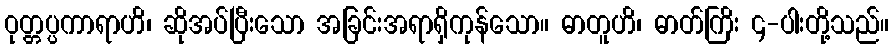
ဝုတ္တပ္ပကာရာဟိ၊ ဆိုအပ်ပြီးသော အခြင်းအရာရှိကုန်သော။ ဓာတူဟိ၊ ဓာတ်ကြိး ၄-ပါးတို့သည်။